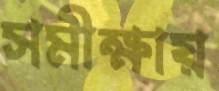
সমীক্ষায়